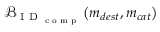
\mathcal { B } _ { \textrm { I D } _ { \textrm { c o m p } } } \left( m _ { d e s t } , m _ { c a t } \right)